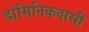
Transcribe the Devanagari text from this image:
डोमिनिकवासी